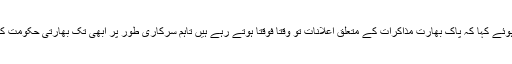
تجزیہ کار حسن عسکری نے وائس آف امریکہ سے گفتگو کرتے ہوئے کہا کہ پاک بھارت مذاکرات کے متعلق اعلانات تو وقتاً فوقتاً ہوتے رہے ہیں تاہم سرکاری طور پر ابھی تک بھارتی حکومت کی طرف سے ایسا کوئی اشارہ نہیں ملا ہے کہ یہ بات چیت ہو گی۔